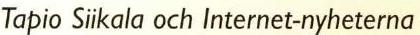
Tapio Siikala och Internet-nyheterna